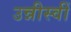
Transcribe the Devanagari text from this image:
उन्नीस्वीं